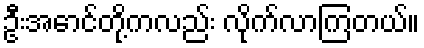
ဦးအောင်တို့ကလည်း လိုက်လာကြတယ်။